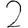
Digit: 2